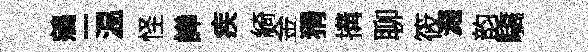
鵷一温怪譁疾綺金猾搆聊筱濺韵驕